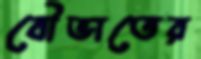
বৌভাতের